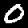
Digit: 0